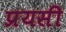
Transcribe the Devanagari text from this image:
प्रयसी